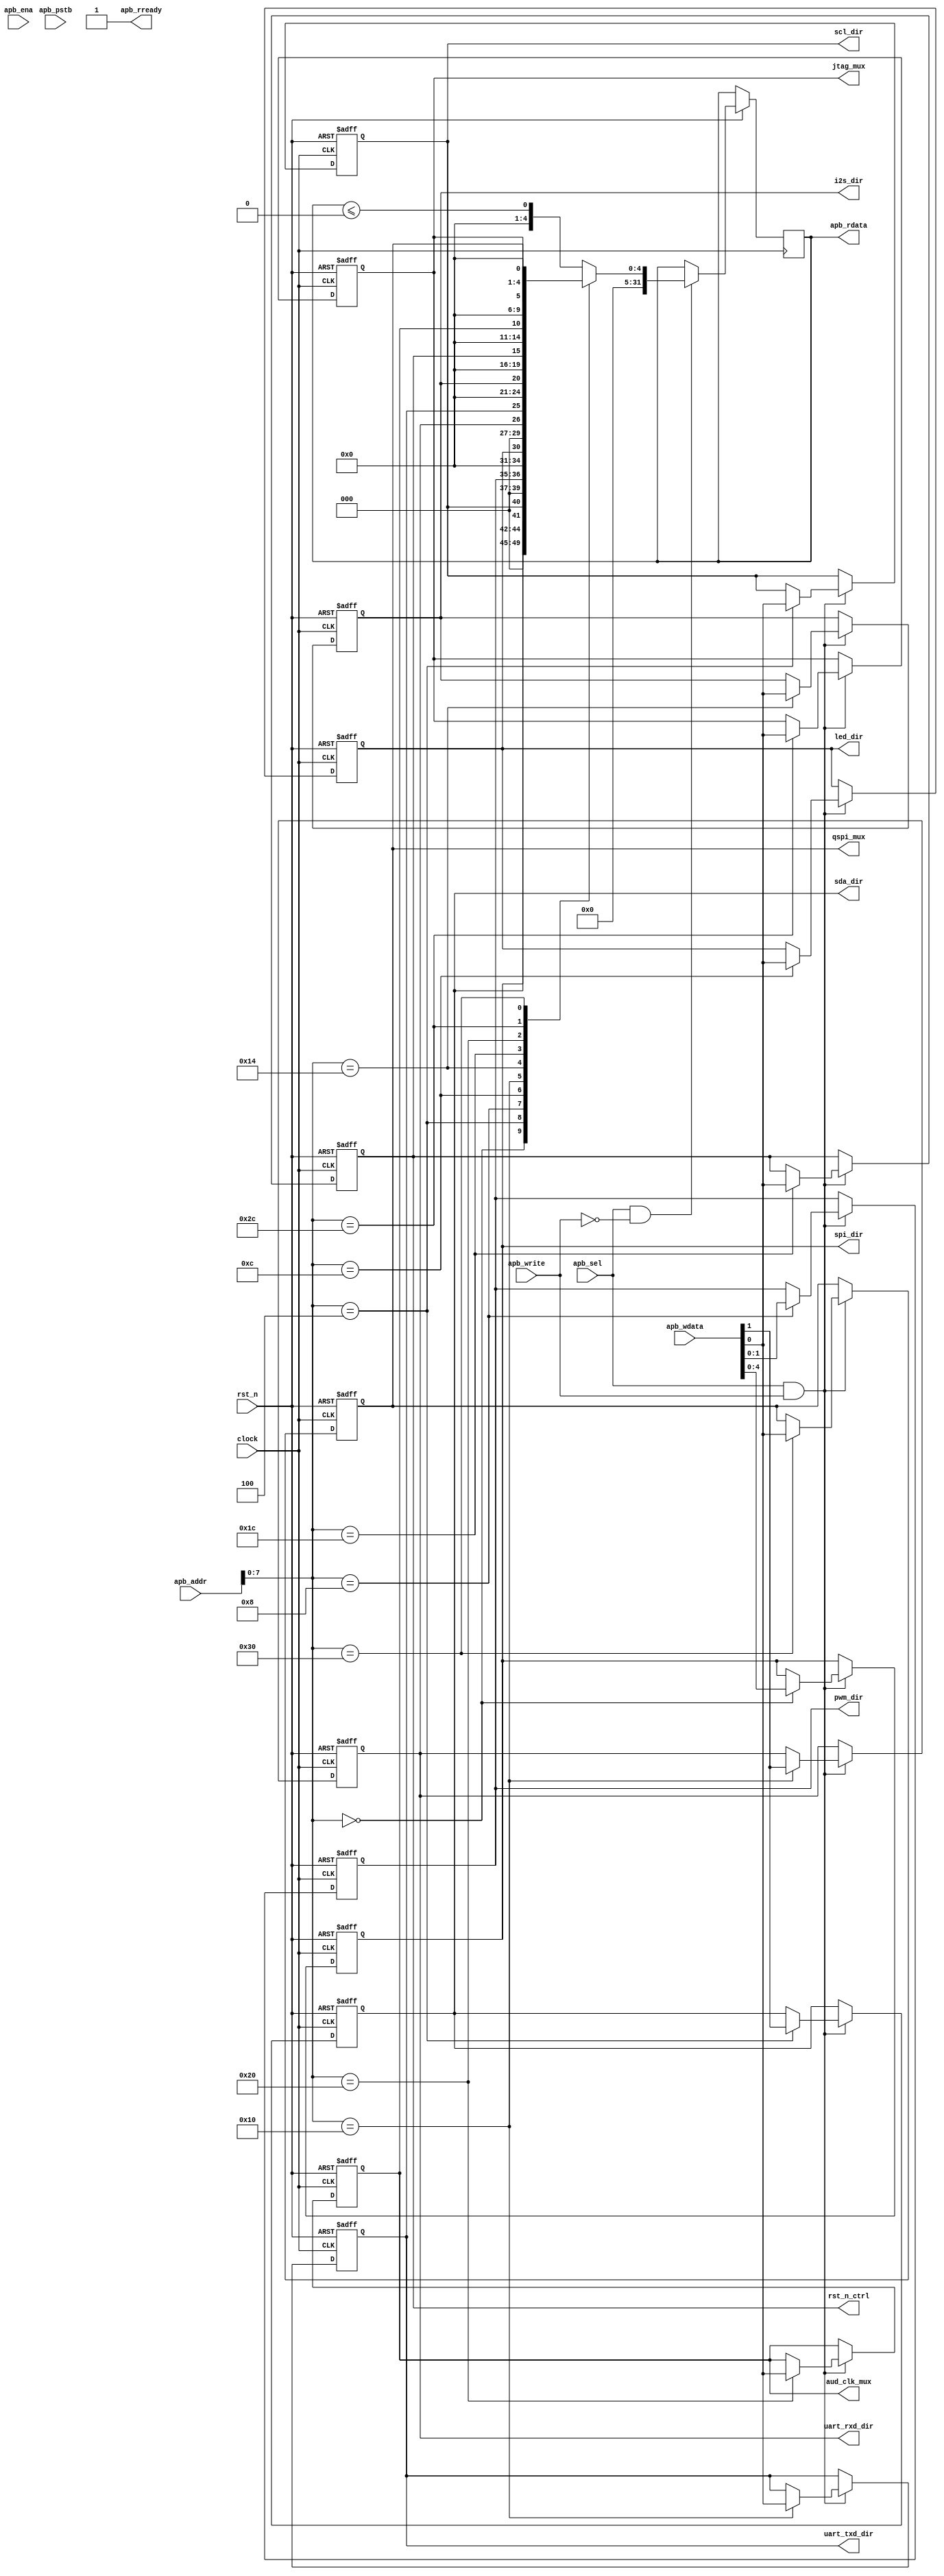
/*
//Copyright 2021 S SIVA PRASAD ssprasad12a@gmail.com

Permission is hereby granted, free of charge, to any person obtaining a copy of this software and associated documentation files (the "Software"), to deal in the Software without restriction, including without limitation the rights to use, copy, modify, merge, publish, distribute, sublicense, and/or sell copies of the Software, and to permit persons to whom the Software is furnished to do so, subject to the following conditions:

The above copyright notice and this permission notice shall be included in all copies or substantial portions of the Software.

THE SOFTWARE IS PROVIDED "AS IS", WITHOUT WARRANTY OF ANY KIND, EXPRESS OR IMPLIED, INCLUDING BUT NOT LIMITED TO THE WARRANTIES OF MERCHANTABILITY, FITNESS FOR A PARTICULAR PURPOSE AND NONINFRINGEMENT. IN NO EVENT SHALL THE AUTHORS OR COPYRIGHT HOLDERS BE LIABLE FOR ANY CLAIM, DAMAGES OR OTHER LIABILITY, WHETHER IN AN ACTION OF CONTRACT, TORT OR OTHERWISE, ARISING FROM, OUT OF OR IN CONNECTION WITH THE SOFTWARE OR THE USE OR OTHER DEALINGS IN THE SOFTWARE.

*/
`timescale 1ns / 1ps



module dirctrl_ssp (
    input              clock,
    input              rst_n,
    input  [31:0]      apb_addr,
    input              apb_sel,
    input              apb_write,
    input              apb_ena,
    input  [31:0]      apb_wdata,
    output reg [31:0]  apb_rdata,
    input  [3:0]       apb_pstb,
    output             apb_rready,
    
    output reg   	uart_txd_dir,  // txd 
    output reg         uart_rxd_dir,  // rxd
    
    output reg [4:0] 	spi_dir,  // mosi , miso , sclk, ssel1, ssel0
    
    output reg  	scl_dir,
    output reg   	sda_dir,
    
    output reg [1:0]  	pwm_dir,
    
    output reg       	led_dir,
    
    output reg       	i2s_dir,
    
    output reg         rst_n_ctrl,
   
    output reg         aud_clk_mux ,  // 0 is internal 1 is external
    
    output reg         jtag_mux,      // 0 is gpio else its jtag
    
    output reg         qspi_mux       // 0 is gpio else its qspi
    
    );
    localparam UART_DADDR    	= 8'h10;
    localparam SPI_DADDR    	= 8'h00;
    localparam I2C_DADDR    	= 8'h04;
    localparam PWM_DADDR   	= 8'h08;
    localparam LED_DADDR   	= 8'h0C;
    localparam I2S_DADDR   	= 8'h14;
    localparam RESET_ADDR   	= 8'h1C;
    localparam AUDCLK_MUX      = 8'h20;
    localparam JTAG_MUXADDR        = 8'h2c;
    localparam QSPI_MUXADDR        = 8'h30;
    
    assign apb_rready = 1'b1;
    
   
     
    always @(posedge clock or negedge rst_n) begin 
        if(!rst_n) begin
        	
            uart_txd_dir <= 1'b0;
            uart_rxd_dir <= 1'b1;
            spi_dir <= 5'b01000; // setting all spi pins to output except miso
            scl_dir <= 1'b0;
            sda_dir <= 1'b0;
            pwm_dir <= 2'b00;
            led_dir <= 1'b0;
            i2s_dir <= 1'b0;
            rst_n_ctrl   <= 1'b0;
            aud_clk_mux  <= 1'b0;
            jtag_mux     <= 1'b0;
            qspi_mux     <= 1'b0;
        end else begin
        
            if(apb_sel && apb_write) begin 
                case(apb_addr[7:0]) 
                            SPI_DADDR     : begin spi_dir    <= apb_wdata[4:0] ;end
                            I2C_DADDR     : begin scl_dir     <= apb_wdata[0] ;
                                                  sda_dir     <= apb_wdata[1] ;
                                            end
                           PWM_DADDR      : begin  pwm_dir    <= apb_wdata[1:0] ; end
                           LED_DADDR      : begin  led_dir    <= apb_wdata[0] ;  end
                           UART_DADDR     : begin   uart_txd_dir <= apb_wdata[0] ;  
                           			      uart_rxd_dir <= apb_wdata[1] ;  
                           		      end
                           I2S_DADDR      : begin     i2s_dir   <= apb_wdata[0] ;  end    
                           RESET_ADDR     : begin     rst_n_ctrl    <= apb_wdata[0] ; end
                           
                           AUDCLK_MUX     : begin aud_clk_mux <= apb_wdata[0] ; end
                           
                           JTAG_MUXADDR     : begin     jtag_mux    <= apb_wdata[0] ; end
                           QSPI_MUXADDR  : begin     qspi_mux    <= apb_wdata[0] ; end
                            
                 endcase        
              end
              
             if(apb_sel && !apb_write) begin 
                    case(apb_addr[7:0]) 
                            SPI_DADDR      : begin apb_rdata  <= {24'h000000,3'b000,spi_dir}  ;end
                            I2C_DADDR      : begin apb_rdata  <= {28'h0000000,2'b00,sda_dir,scl_dir}  ;end
                            PWM_DADDR      : begin apb_rdata  <= {28'h0000000,2'b00,pwm_dir}    ;end
                            LED_DADDR      : begin apb_rdata  <= {28'h0000000,3'b000,led_dir}  ;end
                            UART_DADDR     : begin apb_rdata  <= {28'h0000000,2'b00,uart_rxd_dir,uart_txd_dir}    ;end
                            I2S_DADDR      : begin apb_rdata  <= {28'h0000000,3'b000,i2s_dir}  ;end
                             RESET_ADDR     : begin apb_rdata  <= {28'h0000000,3'b000,rst_n_ctrl}  ;end
                             AUDCLK_MUX     : begin apb_rdata  <= {28'h0000000,3'b000,aud_clk_mux}  ;end
                              JTAG_MUXADDR     : begin    apb_rdata  <= {28'h0000000,3'b000,jtag_mux}   ; end
                           QSPI_MUXADDR  : begin    apb_rdata  <= {28'h0000000,3'b000,qspi_mux}    ; end
                             
                            default        : begin apb_rdata  <= apb_rdata  <= 32'h0000_0000; end
                    endcase      
                            
            end            
            
              
              
              
              
              
             
        
        end
    
    end
    
    
    
    
    
    
    
    
    
    
endmodule